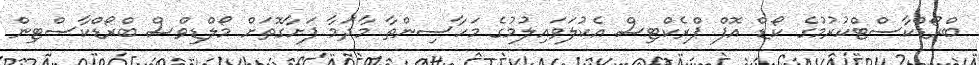
ބްރޯޑްކާސްޓްކުރުމުގެ ކޯޑް އޮފް ޕްރެކްޓިސް އެކުލަވައިލުމުގެ މަހާސިންތާ މާދަމާ ފަށާގޮތަށް މޯލްޑިވްސް ބްރޯޑްކާސްޓިން